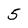
Character: 5